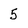
Character: 5